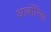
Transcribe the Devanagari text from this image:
आर्बोरिया